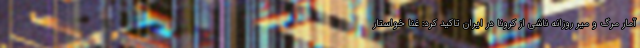
آمار مرگ و میر روزانه ناشی از کرونا در ایران تاکید کرد: غنا خواستار